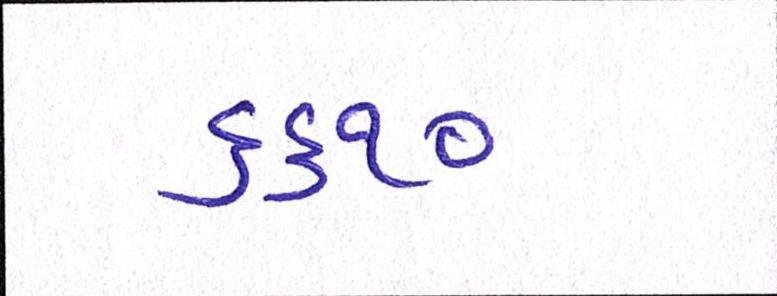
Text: ૬૬૧૦